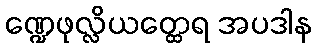
ဏ္ဍေဖုလ္လိယတ္ထေရ အပဒါန